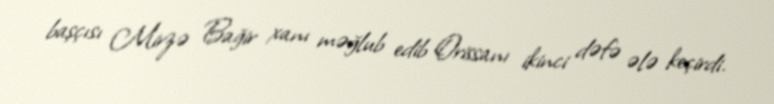
başçısı Mirzə Bağir xanı məğlub edib Orissanı ikinci dəfə ələ keçirdi.